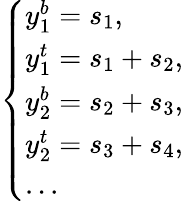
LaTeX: \left\{ \begin{array}{ll}{y_{1}^{b}=s_{1},}\\ {y_{1}^{t}=s_{1}+s_{2},}\\ {y_{2}^{b}=s_{2}+s_{3},}\\ {y_{2}^{t}=s_{3}+s_{4},}\\ {...}\end{array}\right.